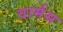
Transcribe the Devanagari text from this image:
वार्मस